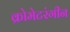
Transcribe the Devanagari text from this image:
क्रोमेटरंगीन